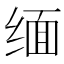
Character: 缅